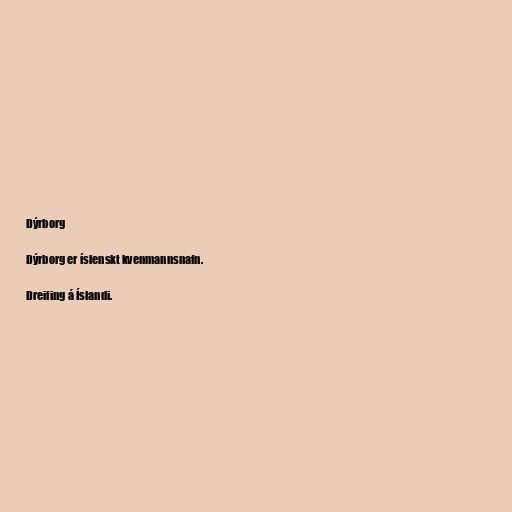
Dýrborg

Dýrborg er íslenskt kvenmannsnafn.

Dreifing á Íslandi.